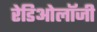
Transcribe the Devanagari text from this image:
रेडिओलॉजी